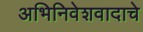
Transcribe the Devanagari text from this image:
अभिनिवेशवादाचे